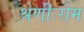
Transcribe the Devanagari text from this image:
श्रेणीःरोम